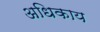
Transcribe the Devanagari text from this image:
अधिकाय